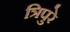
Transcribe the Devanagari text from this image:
त्रिपुरे